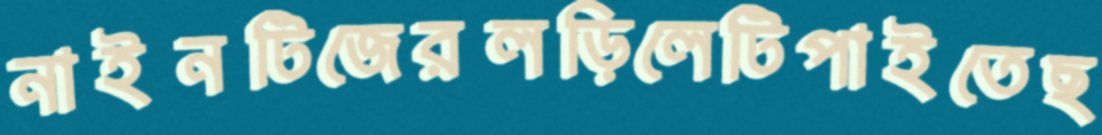
নাইনটিজেরলড়িলেটিপাইতেছ